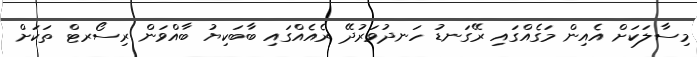
މިސާލަކަށް އެއިން މަގެއްގައި ރޭގަނޑު ހަނދުވަރުދޭ ރެެއެއްގައި ބާބަކިޔުު ބާއްވަން ރިސޯރޓް ތަކަށް